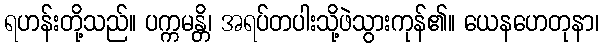
ရဟန်းတို့သည်။ ပက္ကမန္တိ၊ အရပ်တပါးသို့ဖဲသွားကုန်၏။ ယေနဟေတုနာ၊